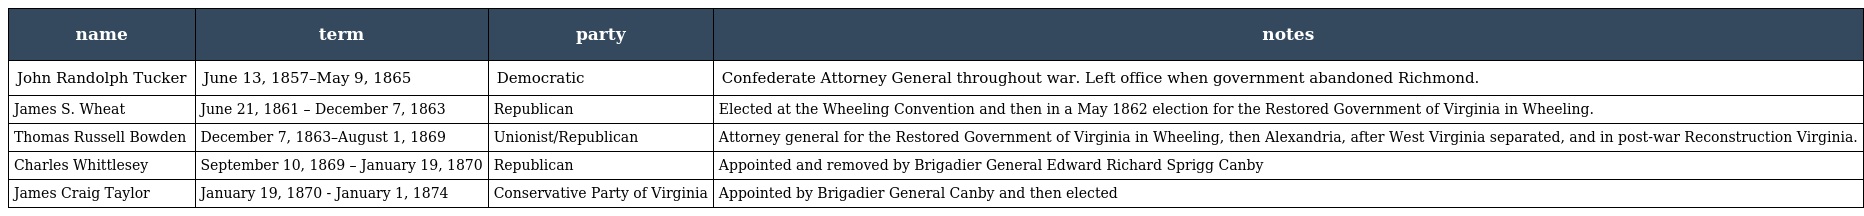
| name | term | party | notes |
 | --- | --- | --- | --- |
 | John Randolph Tucker | June 13, 1857–May 9, 1865 | Democratic | Confederate Attorney General throughout war. Left office when government abandoned Richmond. |
 | James S. Wheat | June 21, 1861 – December 7, 1863 | Republican | Elected at the Wheeling Convention and then in a May 1862 election for the Restored Government of Virginia in Wheeling. |
 | Thomas Russell Bowden | December 7, 1863–August 1, 1869 | Unionist/Republican | Attorney general for the Restored Government of Virginia in Wheeling, then Alexandria, after West Virginia separated, and in post-war Reconstruction Virginia. |
 | Charles Whittlesey | September 10, 1869 – January 19, 1870 | Republican | Appointed and removed by Brigadier General Edward Richard Sprigg Canby |
 | James Craig Taylor | January 19, 1870 - January 1, 1874 | Conservative Party of Virginia | Appointed by Brigadier General Canby and then elected |